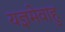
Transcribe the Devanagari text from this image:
यज्ञमेवाहु